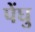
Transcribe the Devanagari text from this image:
पेंघु